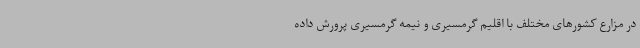
در مزارع کشورهای مختلف با اقلیم گرمسیری و نیمه گرمسیری پرورش داده